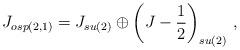
LaTeX: \begin{align*}J_{osp(2,1)} = J_{su(2)} \oplus \left(J - \frac{1}{2}\right)_{su(2)}\,,\end{align*}